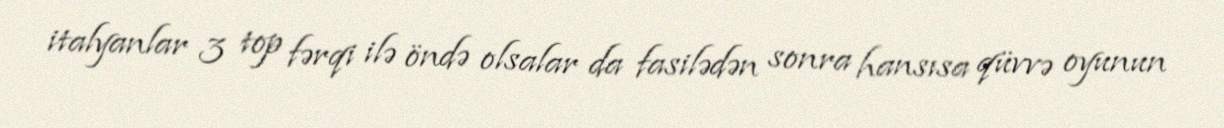
italyanlar 3 top fərqi ilə öndə olsalar da fasilədən sonra hansısa qüvvə oyunun